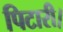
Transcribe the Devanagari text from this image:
पिटारी।